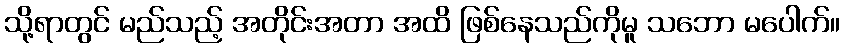
သို့ရာတွင် မည်သည့် အတိုင်းအတာ အထိ ဖြစ်နေသည်ကိုမူ သဘော မပေါက်။